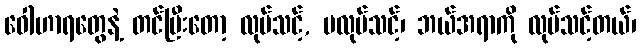
ဝေါဟာရတွေနဲ့ တင်ပြီးတော့ လုပ်သင့်, မလုပ်သင့်၊ ဘယ်အရာကို လုပ်သင့်တယ်၊